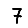
Digit: 7